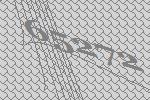
65272